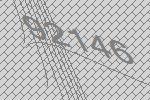
92146